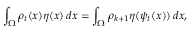
\int _ { \Omega } \rho _ { t } ( x ) \eta ( x ) \, d x = \int _ { \Omega } \rho _ { k + 1 } \eta ( \psi _ { t } ( x ) ) \, d x ,